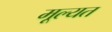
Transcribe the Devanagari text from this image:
मूल्यत